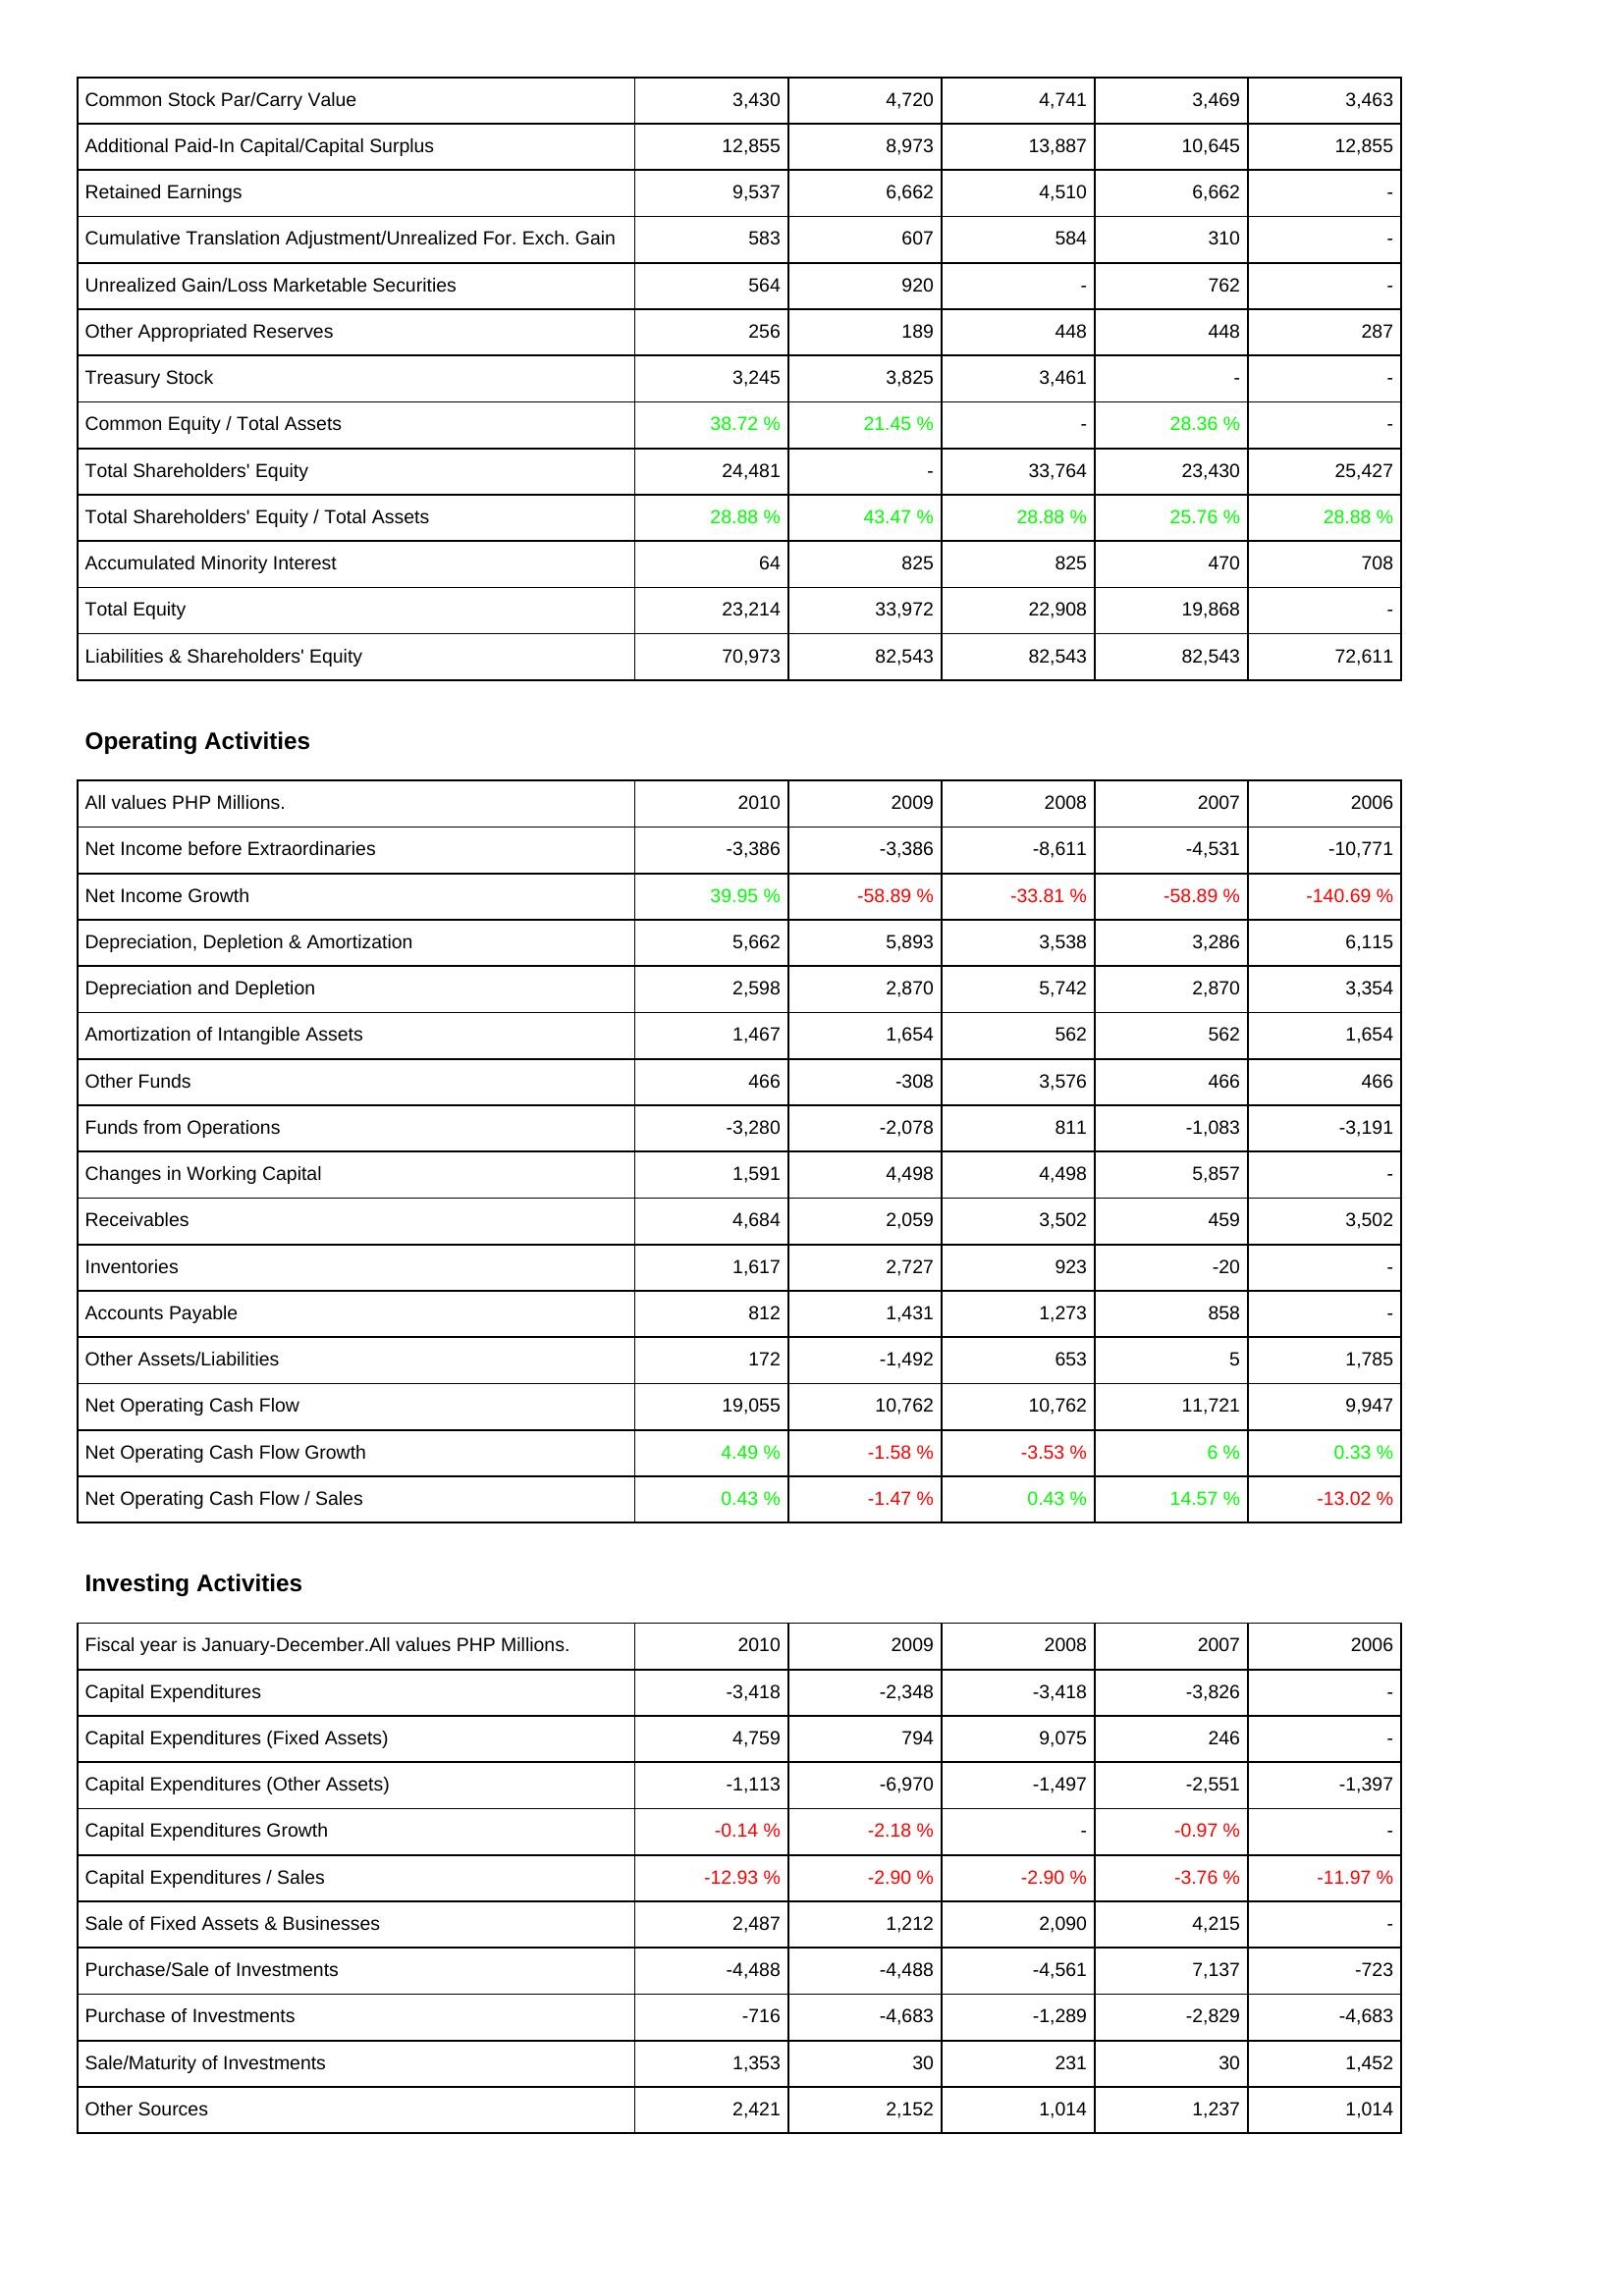
2010: Liabilities & Shareholders' Equity: Common Stock Par/Carry Value: 3,430
Additional Paid-In Capital/Capital Surplus: 12,855
Retained Earnings: 9,537
Cumulative Translation Adjustment/Unrealized For. Exch. Gain: 583
Unrealized Gain/Loss Marketable Securities: 564
Other Appropriated Reserves: 256
Treasury Stock: 3,245
Common Equity / Total Assets: 38.72 %
Total Shareholders' Equity: 24,481
Total Shareholders' Equity / Total Assets: 28.88 %
Accumulated Minority Interest: 64
Total Equity: 23,214
Liabilities & Shareholders' Equity: 70,973
Operating Activities: Net Income before Extraordinaries: -3,386
Net Income Growth: 39.95 %
Depreciation, Depletion & Amortization: 5,662
Depreciation and Depletion: 2,598
Amortization of Intangible Assets: 1,467
Other Funds: 466
Funds from Operations: -3,280
Changes in Working Capital: 1,591
Receivables: 4,684
Inventories: 1,617
Accounts Payable: 812
Other Assets/Liabilities: 172
Net Operating Cash Flow: 19,055
Net Operating Cash Flow Growth: 4.49 %
Net Operating Cash Flow / Sales: 0.43 %
Investing Activities: Capital Expenditures: -3,418
Capital Expenditures (Fixed Assets): 4,759
Capital Expenditures (Other Assets): -1,113
Capital Expenditures Growth: -0.14 %
Capital Expenditures / Sales: -12.93 %
Sale of Fixed Assets & Businesses: 2,487
Purchase/Sale of Investments: -4,488
Purchase of Investments: -716
Sale/Maturity of Investments: 1,353
Other Sources: 2,421
2009: Liabilities & Shareholders' Equity: Common Stock Par/Carry Value: 4,720
Additional Paid-In Capital/Capital Surplus: 8,973
Retained Earnings: 6,662
Cumulative Translation Adjustment/Unrealized For. Exch. Gain: 607
Unrealized Gain/Loss Marketable Securities: 920
Other Appropriated Reserves: 189
Treasury Stock: 3,825
Common Equity / Total Assets: 21.45 %
Total Shareholders' Equity: -
Total Shareholders' Equity / Total Assets: 43.47 %
Accumulated Minority Interest: 825
Total Equity: 33,972
Liabilities & Shareholders' Equity: 82,543
Operating Activities: Net Income before Extraordinaries: -3,386
Net Income Growth: -58.89 %
Depreciation, Depletion & Amortization: 5,893
Depreciation and Depletion: 2,870
Amortization of Intangible Assets: 1,654
Other Funds: -308
Funds from Operations: -2,078
Changes in Working Capital: 4,498
Receivables: 2,059
Inventories: 2,727
Accounts Payable: 1,431
Other Assets/Liabilities: -1,492
Net Operating Cash Flow: 10,762
Net Operating Cash Flow Growth: -1.58 %
Net Operating Cash Flow / Sales: -1.47 %
Investing Activities: Capital Expenditures: -2,348
Capital Expenditures (Fixed Assets): 794
Capital Expenditures (Other Assets): -6,970
Capital Expenditures Growth: -2.18 %
Capital Expenditures / Sales: -2.90 %
Sale of Fixed Assets & Businesses: 1,212
Purchase/Sale of Investments: -4,488
Purchase of Investments: -4,683
Sale/Maturity of Investments: 30
Other Sources: 2,152
2008: Liabilities & Shareholders' Equity: Common Stock Par/Carry Value: 4,741
Additional Paid-In Capital/Capital Surplus: 13,887
Retained Earnings: 4,510
Cumulative Translation Adjustment/Unrealized For. Exch. Gain: 584
Unrealized Gain/Loss Marketable Securities: -
Other Appropriated Reserves: 448
Treasury Stock: 3,461
Common Equity / Total Assets: -
Total Shareholders' Equity: 33,764
Total Shareholders' Equity / Total Assets: 28.88 %
Accumulated Minority Interest: 825
Total Equity: 22,908
Liabilities & Shareholders' Equity: 82,543
Operating Activities: Net Income before Extraordinaries: -8,611
Net Income Growth: -33.81 %
Depreciation, Depletion & Amortization: 3,538
Depreciation and Depletion: 5,742
Amortization of Intangible Assets: 562
Other Funds: 3,576
Funds from Operations: 811
Changes in Working Capital: 4,498
Receivables: 3,502
Inventories: 923
Accounts Payable: 1,273
Other Assets/Liabilities: 653
Net Operating Cash Flow: 10,762
Net Operating Cash Flow Growth: -3.53 %
Net Operating Cash Flow / Sales: 0.43 %
Investing Activities: Capital Expenditures: -3,418
Capital Expenditures (Fixed Assets): 9,075
Capital Expenditures (Other Assets): -1,497
Capital Expenditures Growth: -
Capital Expenditures / Sales: -2.90 %
Sale of Fixed Assets & Businesses: 2,090
Purchase/Sale of Investments: -4,561
Purchase of Investments: -1,289
Sale/Maturity of Investments: 231
Other Sources: 1,014
2007: Liabilities & Shareholders' Equity: Common Stock Par/Carry Value: 3,469
Additional Paid-In Capital/Capital Surplus: 10,645
Retained Earnings: 6,662
Cumulative Translation Adjustment/Unrealized For. Exch. Gain: 310
Unrealized Gain/Loss Marketable Securities: 762
Other Appropriated Reserves: 448
Treasury Stock: -
Common Equity / Total Assets: 28.36 %
Total Shareholders' Equity: 23,430
Total Shareholders' Equity / Total Assets: 25.76 %
Accumulated Minority Interest: 470
Total Equity: 19,868
Liabilities & Shareholders' Equity: 82,543
Operating Activities: Net Income before Extraordinaries: -4,531
Net Income Growth: -58.89 %
Depreciation, Depletion & Amortization: 3,286
Depreciation and Depletion: 2,870
Amortization of Intangible Assets: 562
Other Funds: 466
Funds from Operations: -1,083
Changes in Working Capital: 5,857
Receivables: 459
Inventories: -20
Accounts Payable: 858
Other Assets/Liabilities: 5
Net Operating Cash Flow: 11,721
Net Operating Cash Flow Growth: 6 %
Net Operating Cash Flow / Sales: 14.57 %
Investing Activities: Capital Expenditures: -3,826
Capital Expenditures (Fixed Assets): 246
Capital Expenditures (Other Assets): -2,551
Capital Expenditures Growth: -0.97 %
Capital Expenditures / Sales: -3.76 %
Sale of Fixed Assets & Businesses: 4,215
Purchase/Sale of Investments: 7,137
Purchase of Investments: -2,829
Sale/Maturity of Investments: 30
Other Sources: 1,237
2006: Liabilities & Shareholders' Equity: Common Stock Par/Carry Value: 3,463
Additional Paid-In Capital/Capital Surplus: 12,855
Retained Earnings: -
Cumulative Translation Adjustment/Unrealized For. Exch. Gain: -
Unrealized Gain/Loss Marketable Securities: -
Other Appropriated Reserves: 287
Treasury Stock: -
Common Equity / Total Assets: -
Total Shareholders' Equity: 25,427
Total Shareholders' Equity / Total Assets: 28.88 %
Accumulated Minority Interest: 708
Total Equity: -
Liabilities & Shareholders' Equity: 72,611
Operating Activities: Net Income before Extraordinaries: -10,771
Net Income Growth: -140.69 %
Depreciation, Depletion & Amortization: 6,115
Depreciation and Depletion: 3,354
Amortization of Intangible Assets: 1,654
Other Funds: 466
Funds from Operations: -3,191
Changes in Working Capital: -
Receivables: 3,502
Inventories: -
Accounts Payable: -
Other Assets/Liabilities: 1,785
Net Operating Cash Flow: 9,947
Net Operating Cash Flow Growth: 0.33 %
Net Operating Cash Flow / Sales: -13.02 %
Investing Activities: Capital Expenditures: -
Capital Expenditures (Fixed Assets): -
Capital Expenditures (Other Assets): -1,397
Capital Expenditures Growth: -
Capital Expenditures / Sales: -11.97 %
Sale of Fixed Assets & Businesses: -
Purchase/Sale of Investments: -723
Purchase of Investments: -4,683
Sale/Maturity of Investments: 1,452
Other Sources: 1,014